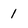
Character: 1